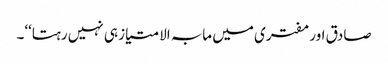
صادق اور مفتری میں مابہ الامتیاز ہی نہیں رہتا‘‘۔